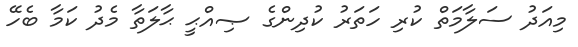
މިއަދު ސަލާމަތް ކުރި ހަތަރު ކުދިންގެ ޞިއްޙީ ޙާލަތާ މެދު ކަމާ ބެހޭ